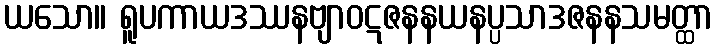
ယသော။ ရူပကာယဒဿနဗျာဝဋဇနနယနပ္ပသာဒဇနနသမတ္ထာ